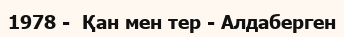
1978 -  Қан мен тер - Алдаберген